NAE_ERA_R-1765_ENSV_Kirjanike_Liit_1945-1955, lk 26
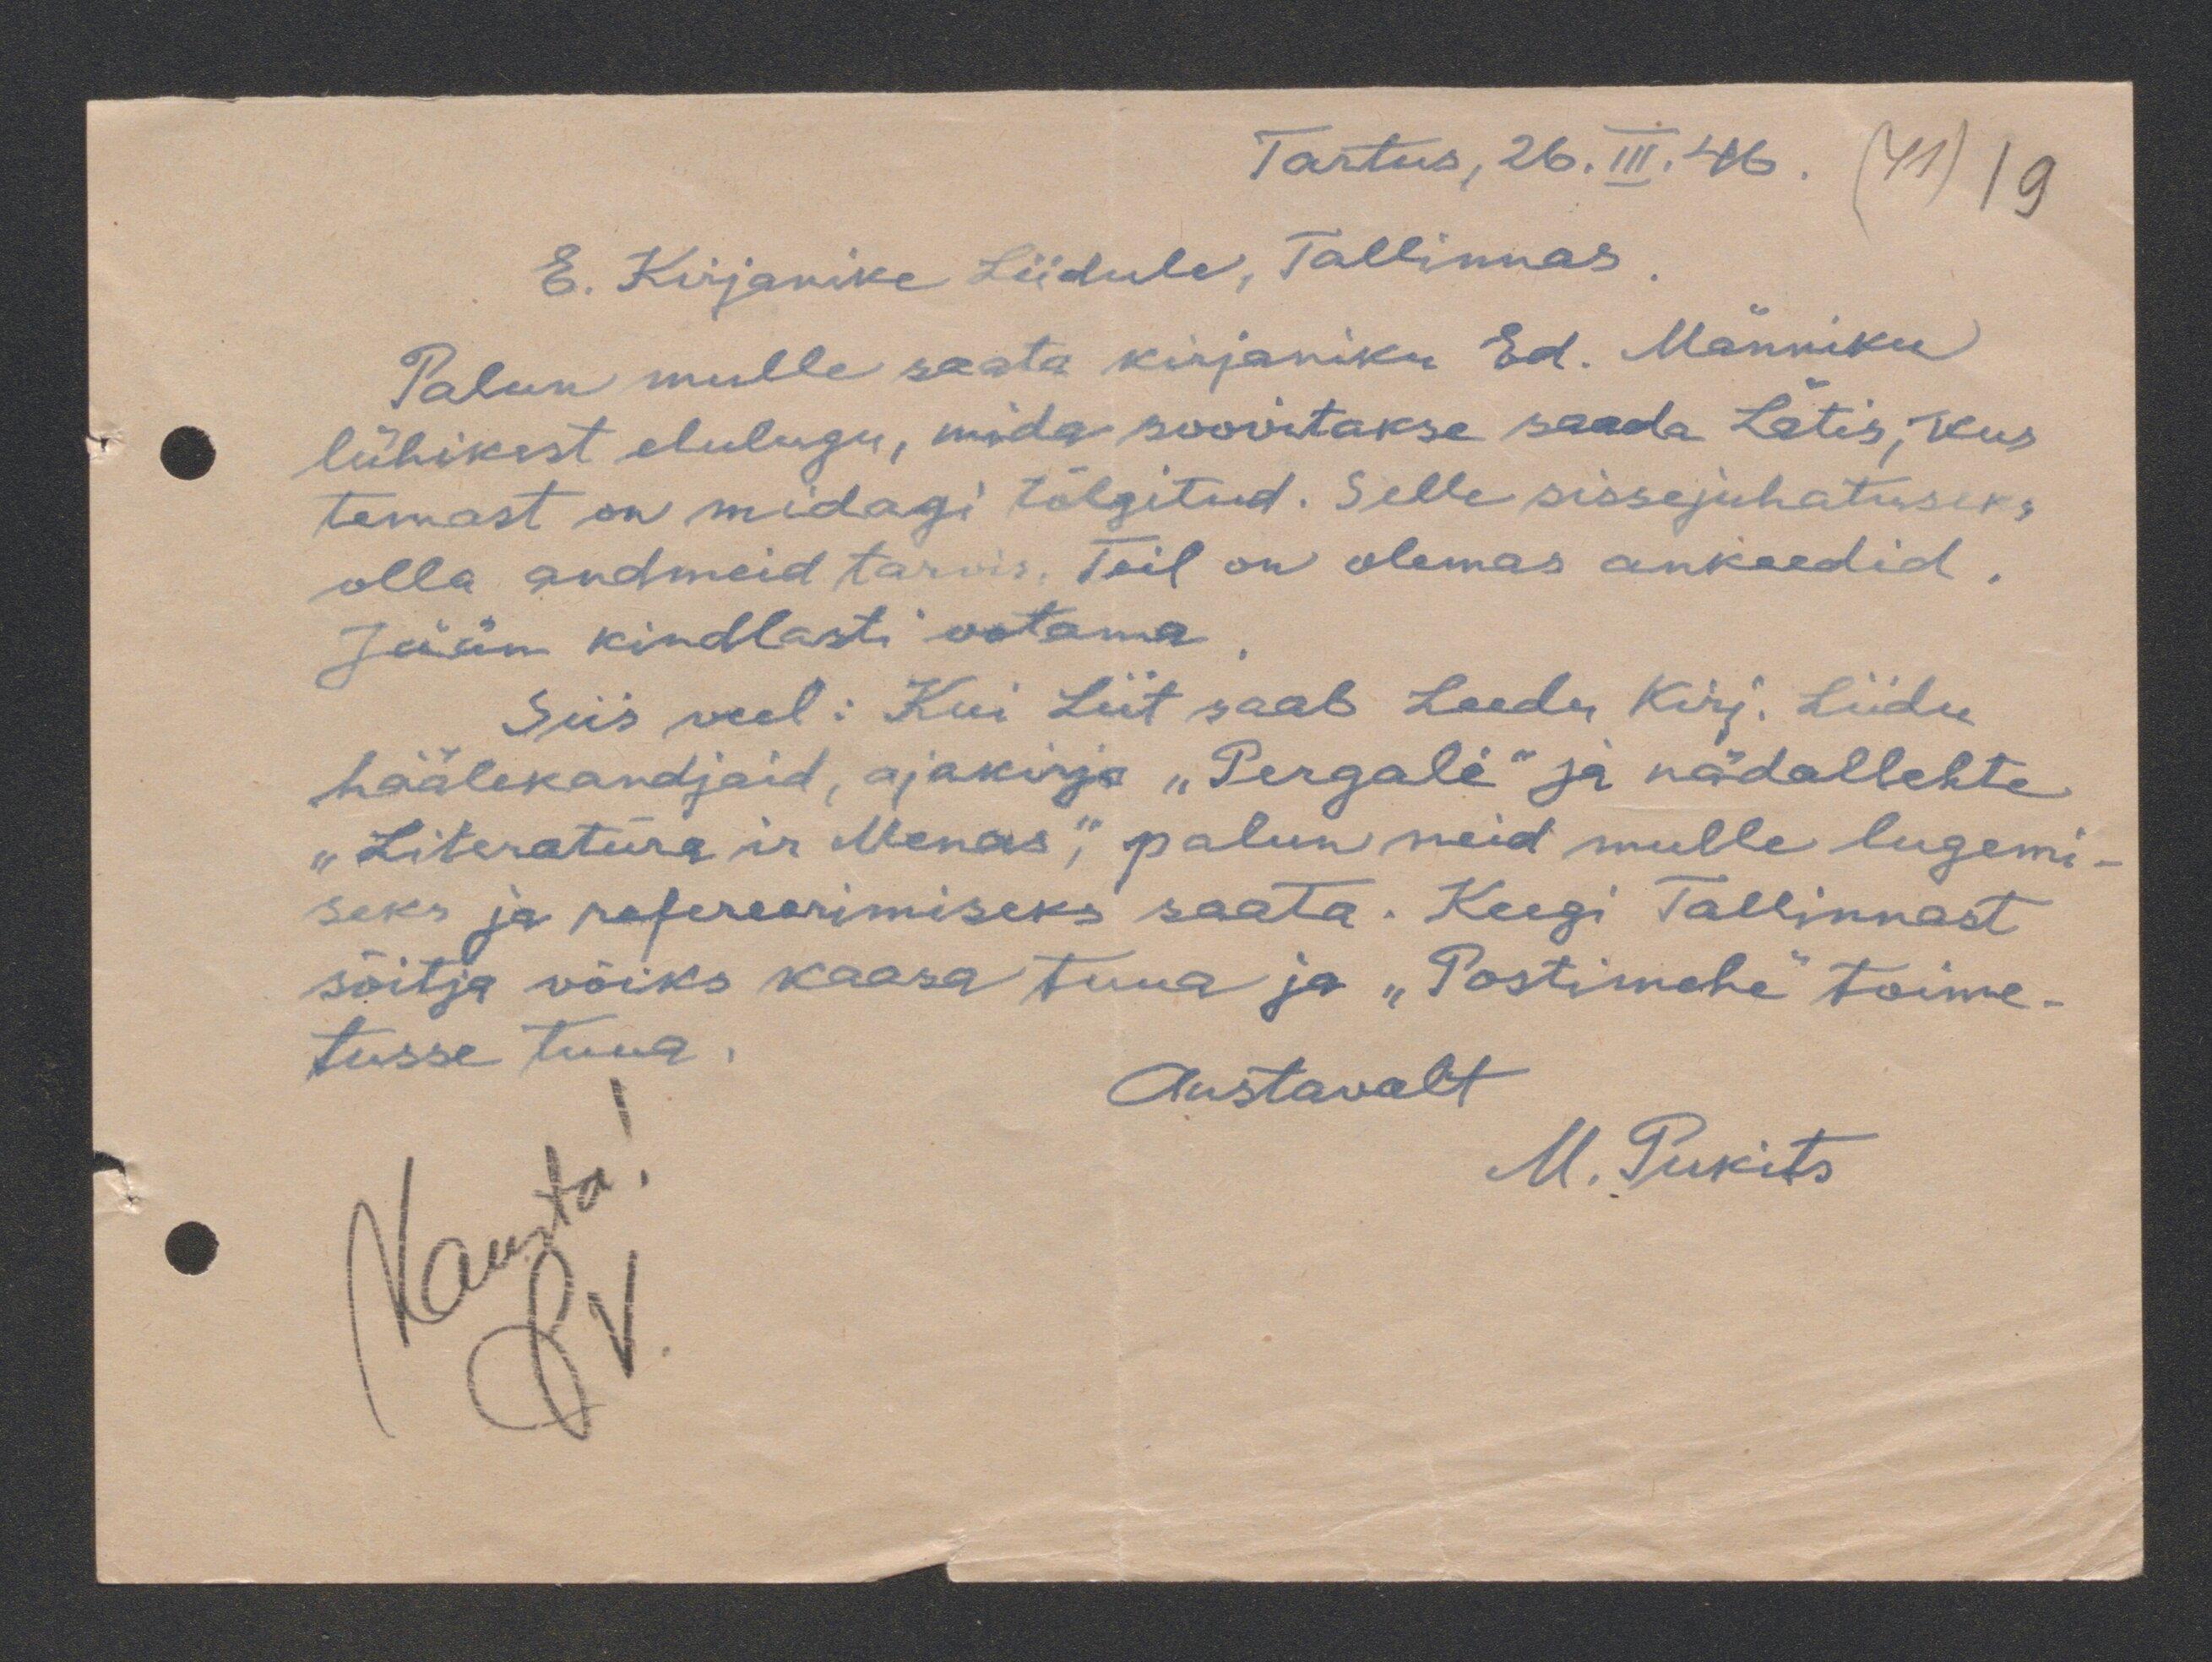
Tartus, 26.III. 46.
E. Kirjanike Liidule, Tallinnas
Palun mulle saata kirjaniku Ed. Männiku
lühikest elulugu, mida soovitakse saada Lätis, kus
temast on midagi tõlgitud. Selle sissejuhatuseks
olla andmeid tarvis. Teil on olemas ankeedid.
Jään kindlasti ootama
Siis veel: Kui Liit saab Leedu Kirj. Liidu
häälekandjaid, ajakirja "Pergalé" ja nädallehte
"Literatura ir Menas", palun neid mulle lugemi-
seks ja refereerimiseks saata. Keegi Tallinnast
sõitja võiks kaasa tuua ja "Postimehe" toime-
tusse tuua
Austavalt
M. Pukits